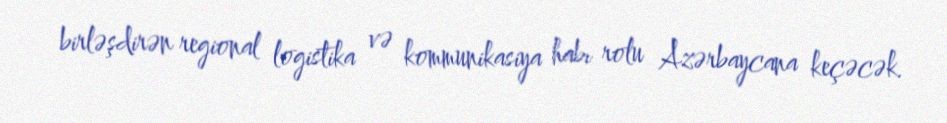
birləşdirən regional logistika və kommunikasiya habı rolu Azərbaycana keçəcək.